Civil Veterinary Dept. Assam report 1911-1927 - 1911-1927
Year: 1911
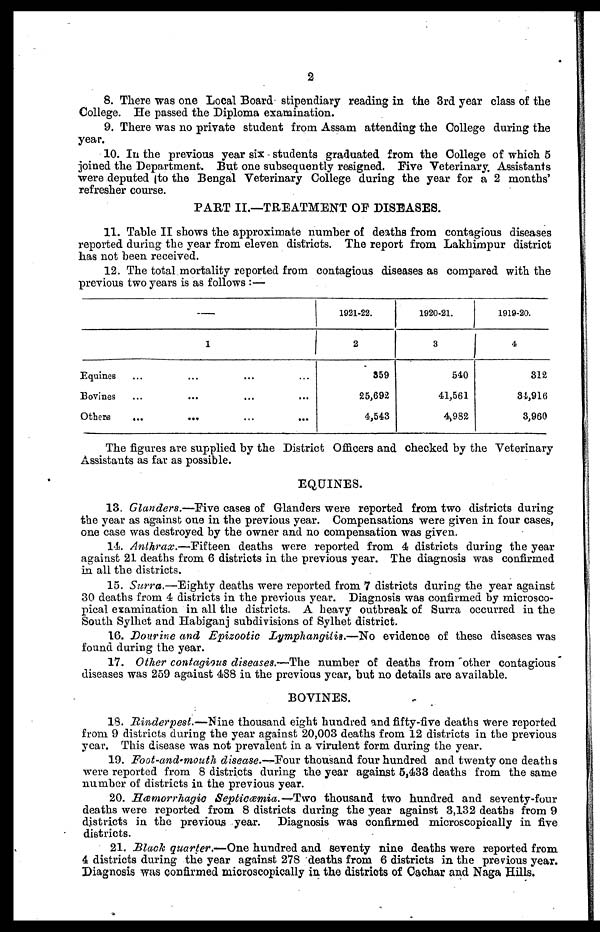
2
8. There was one Local Board stipendiary reading in the 3rd year class of the
College. He passed the Diploma examination.
9. There was no private student from Assam attending the College during the
year.
10. In the previous year six - students graduated from the College of which 5
joined the Department. But one subsequently resigned. Five Veterinary Assistants
were deputed to the Bengal Veterinary College during the year for a 2 months'
refresher course.
PART II.—TREATMENT OF DISEASES.
11. Table II shows the approximate number of deaths from contagious diseases
reported during the year from eleven districts. The report from Lakhimpur district
has not been received.
12. The total mortality reported from contagious diseases as compared with the
previous two years is as follows:—
–––
1
Equines
Bovines
Others
1921-22.
2
359
25,692
4,543
1920-21.
3
540
41,561
4,982
1919-20.
4
312
34,916
3,960
The figures are supplied by the District Officers and checked by the Veterinary
Assistants as far as possible.
EQUINES.
13. Glanders.—Five cases of Glanders were reported from two districts during
the year as against one in the previous year. Compensations were given in four cases,
one case was destroyed by the owner and no compensation was given.
14. Anthrax.—Fifteen
deaths were reported from 4 districts during the year
against 21 deaths from 6 districts in the previous year. The diagnosis was confirmed
in all the districts.
15. Surra.—Eighty deaths were reported from 7 districts during the year against
30 deaths from 4 districts in the previous year. Diagnosis was confirmed by microsco-
pical examination in all the districts. A heavy outbreak of Surra occurred in the
South Sylhet and Habiganj subdivisions of Sylhet district.
16. Dourine and Epizootic Lymphangitis.—No evidence of these diseases was
found during the year.
17. Other contagious diseases.—The number of deaths from other contagious
diseases was 259 against 488 in the previous year, but no details are available.
BOVINES.
18. Rinderpest.—Nine thousand eight hundred and fifty-five deaths were reported
from 9 districts during the year against 20,003 deaths from 12 districts in the previous
year. This disease was not prevalent in a virulent form during the year.
19. Foot-and-mouth disease.—Four thousand four hundred and twenty one deaths
were reported from 8 districts during the year against 5,433 deaths from the same
number of districts in the previous year.
20. Hæmorrhagic Septicæmia.—Two thousand two hundred and seventy-four
deaths were reported from 8 districts during the year against 3,132 deaths from 9
districts in the previous year. Diagnosis was confirmed microscopically in five
districts.
21. Black quarter.—One hundred and seventy nine deaths were reported from
4 districts during the year against 278 deaths from 6 districts in the previous year.
Diagnosis was confirmed microscopically in the districts of Cachar and Naga Hills.